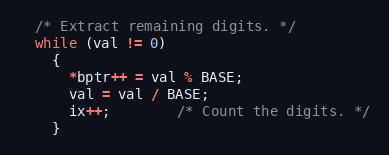
Language: C++
  /* Extract remaining digits. */
  while (val != 0)
    {
      *bptr++ = val % BASE;
      val = val / BASE;
      ix++; 		/* Count the digits. */
    }